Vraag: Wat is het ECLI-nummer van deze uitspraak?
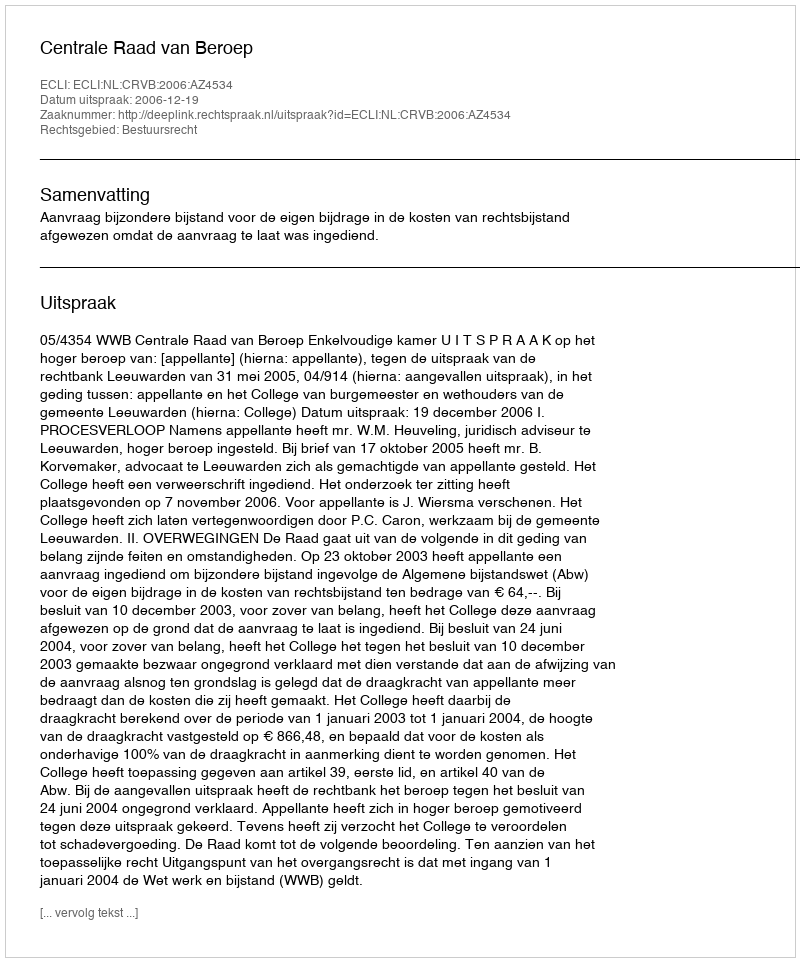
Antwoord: ECLI:NL:CRVB:2006:AZ4534